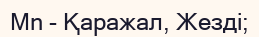
Мn - Қаражал, Жезді;